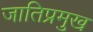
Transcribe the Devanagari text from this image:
जातिप्रमुख